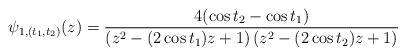
LaTeX: \begin{align*} \psi_{1,(t_1,t_2)}(z) = \frac{4 (\cos t_2-\cos t_1) }{\left(z^2-(2\cos t_1) z +1\right) \left(z^2-(2 \cos t_2) z +1\right)}\end{align*}